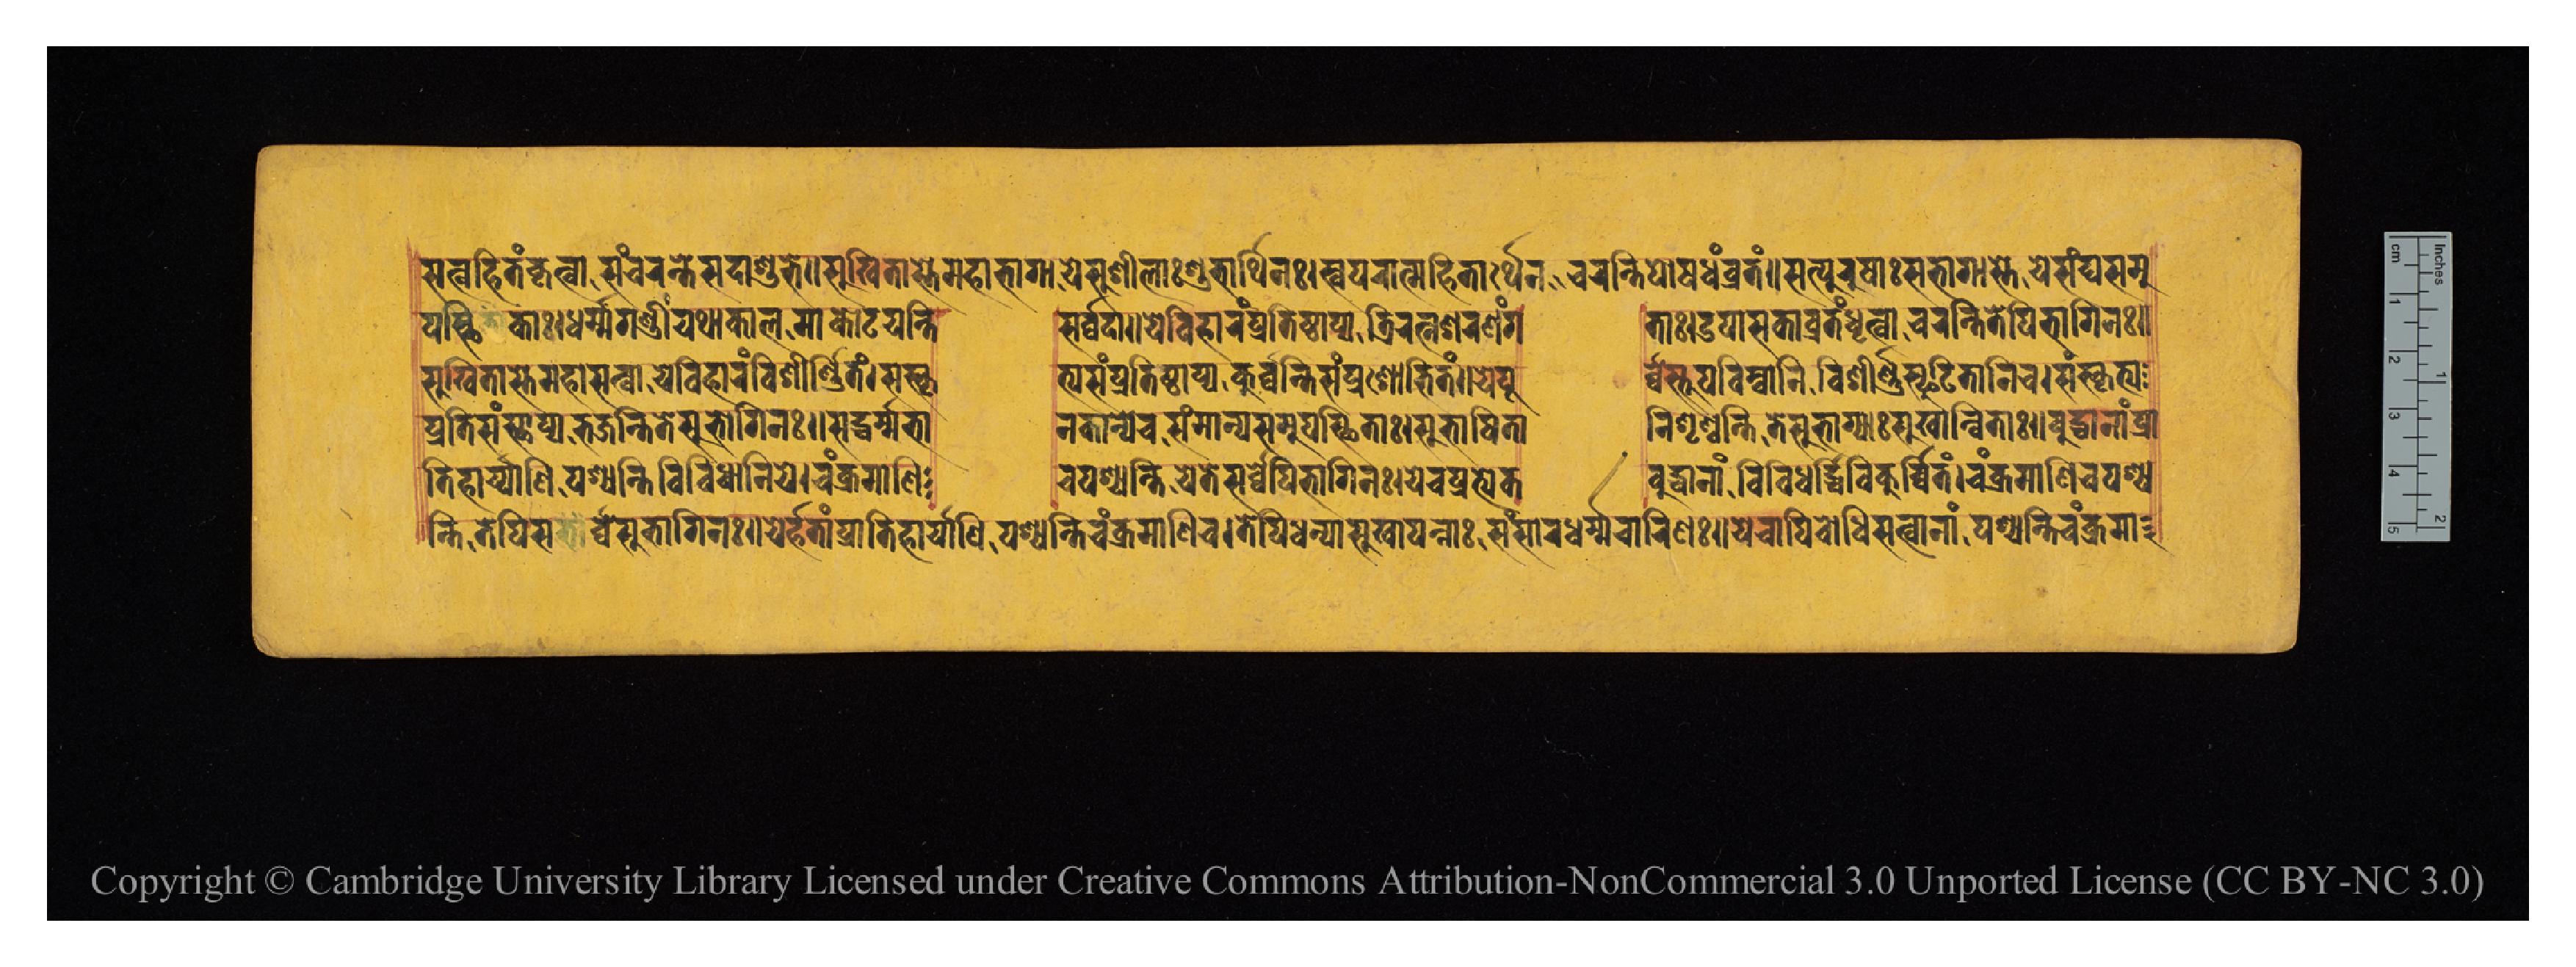
𑐳𑐟𑑂𑐰𑐴𑐶𑐟𑑄𑐎𑐺𑐟𑑂𑐰𑐵𑐳𑐘𑑂𑐔𑐬𑐣𑑂𑐟𑐶𑐳𑐡𑐵𑐱𑐸𑐨𑐾𑑌𑐳𑐸𑐏𑐶𑐟𑐵𑐳𑑂𑐟𑐾𑐩𑐴𑐵𑐨𑐵𑐐𑐵𑐫𑐾𑐳𑐸𑐱𑐷𑐮𑐵𑑅𑐱𑐸𑐨𑐵𑐬𑑂𑐠𑐶𑐣𑑅𑑋𑐳𑑂𑐰𑐥𑐬𑐵𑐟𑑂𑐩𑐴𑐶𑐟𑐵𑐬𑑂𑐠𑐾𑐣𑐔𑐬𑐣𑑂𑐟𑐶𑐥𑑀𑐲𑐢𑑄𑐰𑑂𑐬𑐟𑑄𑑌𑐳𑐟𑑂𑐥𑐸𑐬𑐸𑐲𑐵𑑅𑐩𑐴𑐵𑐨𑐵𑐐𑐵𑐳𑑂𑐟𑐾𑐫𑐾𑐳𑑄𑐑𑐳𑐩𑐸 𑐥𑐳𑑂𑐠𑐶𑐎𑐵𑑅𑑋𑐢𑐬𑑂𑐩𑑂𑐩𑐐𑐞𑑂𑐜𑐷𑑄𑐫𑐠𑐵𑐎𑐵𑐮𑐩𑐵𑐎𑑀𑐚𑐫𑐣𑑂𑐟𑐶  𑐳𑐬𑑂𑐰𑑂𑐰𑐡𑐵𑑌𑐫𑐾𑐰𑐶𑐴𑐵𑐬𑑄𑐥𑑂𑐬𑐟𑐶𑐲𑑂𑐛𑐵𑐥𑑂𑐫𑐟𑑂𑐬𑐶𑐬𑐟𑑂𑐣𑐱𑐬𑐞𑑄𑐐  𑐟𑐵𑑅𑑋𑐄𑐥𑐵𑐳𑐎𑐰𑑂𑐬𑐟𑑄𑐢𑐺𑐟𑑂𑐰𑐵𑐔𑐬𑐣𑑂𑐟𑐶𑐟𑐾𑐥𑐶𑐨𑐵𑐐𑐶𑐣𑑅𑑌 𑐥𑑂𑐬𑐟𑐶𑐳𑑄𑐳𑑂𑐠𑐵𑐥𑑂𑐫𑐨𑐖𑐣𑑂𑐟𑐶𑐟𑐾𑐳𑐸𑐨𑐵𑐐𑐶𑐣𑑅𑑋𑐳𑐡𑑂𑐢𑐬𑑂𑐩𑑂𑐩𑐨𑐵  𑐣𑐎𑐵𑐣𑑂𑐫𑐾𑐔𑐳𑑄𑐩𑐵𑐣𑑂𑐫𑐳𑐩𑐸𑐥𑐳𑑂𑐠𑐶𑐟𑐵𑑅𑑋𑐳𑐸𑐨𑐵𑐲𑐶𑐟𑐵  𑐣𑐶𑐱𑐺𑐞𑑂𑐰𑐣𑑂𑐟𑐶𑐟𑐾𑐳𑐸𑐨𑐵𑐐𑑂𑐫𑐵𑑅𑐳𑐸𑐏𑐵𑐣𑑂𑐰𑐶𑐟𑐵𑑅𑑌𑐧𑐸𑐡𑑂𑐢𑐵𑐣𑐵𑑄𑐥𑑂𑐬𑐵 𑐳𑐸𑐏𑐶𑐟𑐵𑐳𑑂𑐟𑐾𑐩𑐴𑐵𑐳𑐟𑑂𑐰𑐵𑐫𑐾𑐰𑐶𑐴𑐵𑐬𑑄𑐰𑐶𑐱𑐷𑐬𑑂𑐞𑐶𑐟𑑄𑑋𑐳𑑄𑐳𑑂𑐎𑐺  𑐟𑑂𑐫𑐳𑑄𑐥𑑂𑐬𑐟𑐶𑐲𑑂𑐛𑐵𑐥𑑂𑐫𑐎𑐸𑐬𑑂𑐰𑐣𑑂𑐟𑐶𑐳𑑄𑐥𑑂𑐬𑐱𑑀𑐨𑐶𑐟𑑄𑑌𑐫𑐾𑐥𑐹  𑐬𑑂𑐰𑑂𑐰𑐳𑑂𑐟𑐹𑐥𑐧𑐶𑐩𑑂𑐧𑐵𑐣𑐶𑐰𑐶𑐱𑐶𑐬𑑂𑐞𑐳𑑂𑐦𑐸𑐚𑐶𑐟𑐵𑐣𑐶𑐔𑑋𑐳𑑄𑐳𑑂𑐎𑐺𑐟𑑂𑐫 𑐣𑑂𑐟𑐶𑐟𑐾𑐥𑐶𑐳𑐬𑑂𑐰𑑂𑐰𑐾𑐳𑐸𑐨𑐵𑐐𑐶𑐣𑑅𑑌𑐫𑐾𑐬𑑂𑐴𑐟𑐵𑑄𑐥𑑂𑐬𑐵𑐟𑐶𑐴𑐵𑐬𑑂𑐫𑐵𑐞𑐶𑐥𑐱𑑂𑐫𑐣𑑂𑐟𑐶𑐔𑑄𑐎𑑂𑐬𑐩𑐵𑐞𑐶𑐔𑑋𑐟𑐾𑐥𑐶𑐢𑐣𑑂𑐫𑐵𑐳𑐸𑐏𑐵𑐥𑐣𑑂𑐣𑐵𑑅𑐳𑑄𑐳𑐵𑐬𑐢𑐬𑑂𑐩𑑂𑐩𑐔𑐵𑐬𑐶𑐞𑑅𑑋𑐫𑐾𑐔𑐵𑐥𑐶𑐧𑑀𑐢𑐶𑐳𑐟𑑂𑐰𑐵𑐣𑐵𑑄𑐥𑐱𑑂𑐫𑐣𑑂𑐟𑐶𑐔𑑄𑐎𑑂𑐬𑐩𑐵 𑐟𑐶𑐴𑐵𑐬𑑂𑐫𑐵𑐞𑐶𑐥𑐱𑑂𑐫𑐣𑑂𑐟𑐶𑐰𑐶𑐰𑐶𑐢𑐵𑐣𑐶𑐫𑐾𑑋𑐔𑑄𑐎𑑂𑐬𑐩𑐵𑐞𑐶  𑐔𑐥𑐱𑑂𑐫𑐣𑑂𑐟𑐶𑐫𑐾𑐟𑐾𑐳𑐬𑑂𑐰𑑂𑐰𑐾𑐥𑐶𑐨𑐵𑐐𑐶𑐣𑑅𑑋𑐫𑐾𑐔𑐥𑑂𑐬𑐟𑑂𑐫𑐾𑐎  𑐧𑐸𑐡𑑂𑐢𑐵𑐣𑐵𑑄𑐰𑐶𑐰𑐶𑐢𑐬𑑂𑐡𑑂𑐢𑐶𑐰𑐶𑐎𑐸𑐬𑑂𑐰𑐶𑐟𑑄𑑋𑐔𑑄𑐎𑑂𑐬𑐩𑐵𑐞𑐶𑐔𑐥𑐱𑑂𑐫